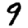
Digit: 9